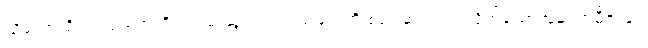
သို့သော် ရိုးရာထုံးစံအတိုင်း ဝမ်းဆွဲလက်သည်များကို စစ်ဆေးကြည့်လိုက်သောအခါ ရာမီဇာနှင့်